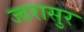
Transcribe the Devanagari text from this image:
ज्वरासुर